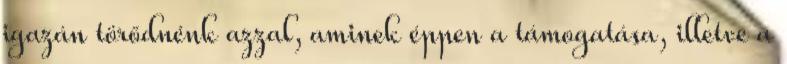
igazán törődnénk azzal, aminek éppen a támogatása, illetve a